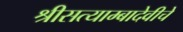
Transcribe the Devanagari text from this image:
श्रीसत्याम्बादेवीचे